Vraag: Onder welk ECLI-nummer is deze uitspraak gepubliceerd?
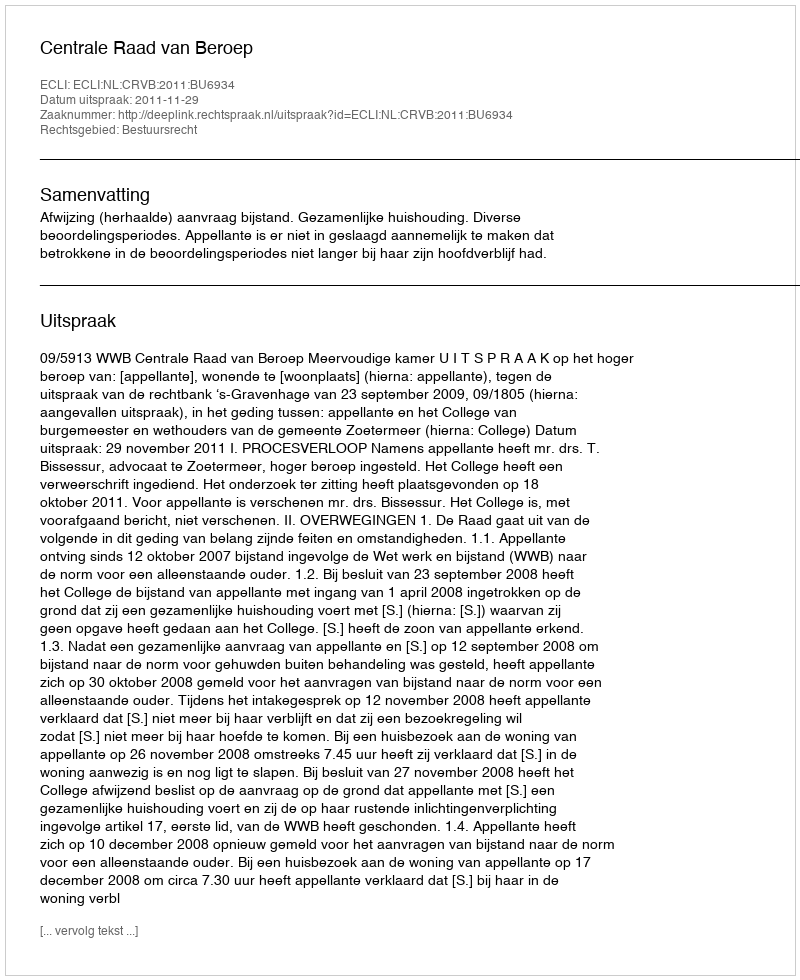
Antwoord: ECLI:NL:CRVB:2011:BU6934